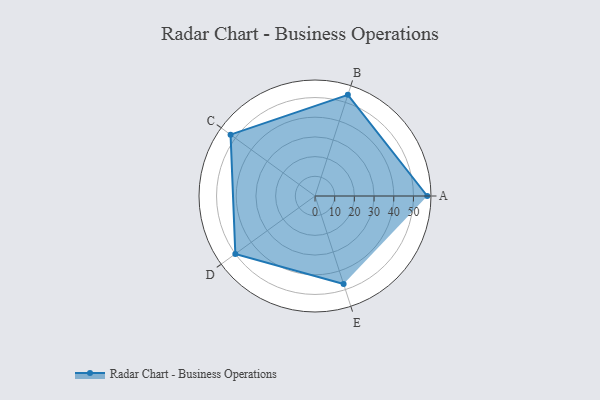
{"axis": {"x": "Skill", "y": "Score"}, "legend": ["Profile"], "data": [{"x": "A", "y": 57.0, "type": "Profile"}, {"x": "B", "y": 54.0, "type": "Profile"}, {"x": "C", "y": 53.0, "type": "Profile"}, {"x": "D", "y": 50.0, "type": "Profile"}, {"x": "E", "y": 47.0, "type": "Profile"}]}